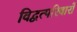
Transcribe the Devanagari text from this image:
विद्वत्परिवारों